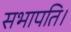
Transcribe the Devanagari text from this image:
सभापति।